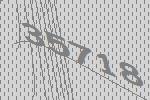
35718